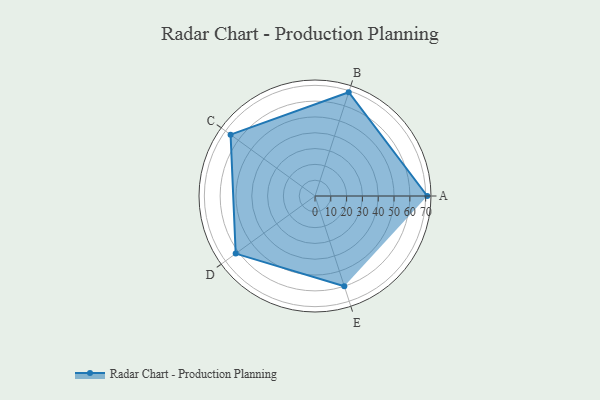
{"axis": {"x": "Skill", "y": "Score"}, "legend": ["Profile"], "data": [{"x": "A", "y": 71.0, "type": "Profile"}, {"x": "B", "y": 69.0, "type": "Profile"}, {"x": "C", "y": 66.0, "type": "Profile"}, {"x": "D", "y": 62.0, "type": "Profile"}, {"x": "E", "y": 60.0, "type": "Profile"}]}